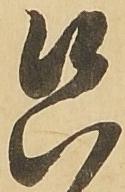
只